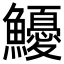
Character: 𩽇